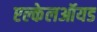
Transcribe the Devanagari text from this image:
एल्केलऑयड